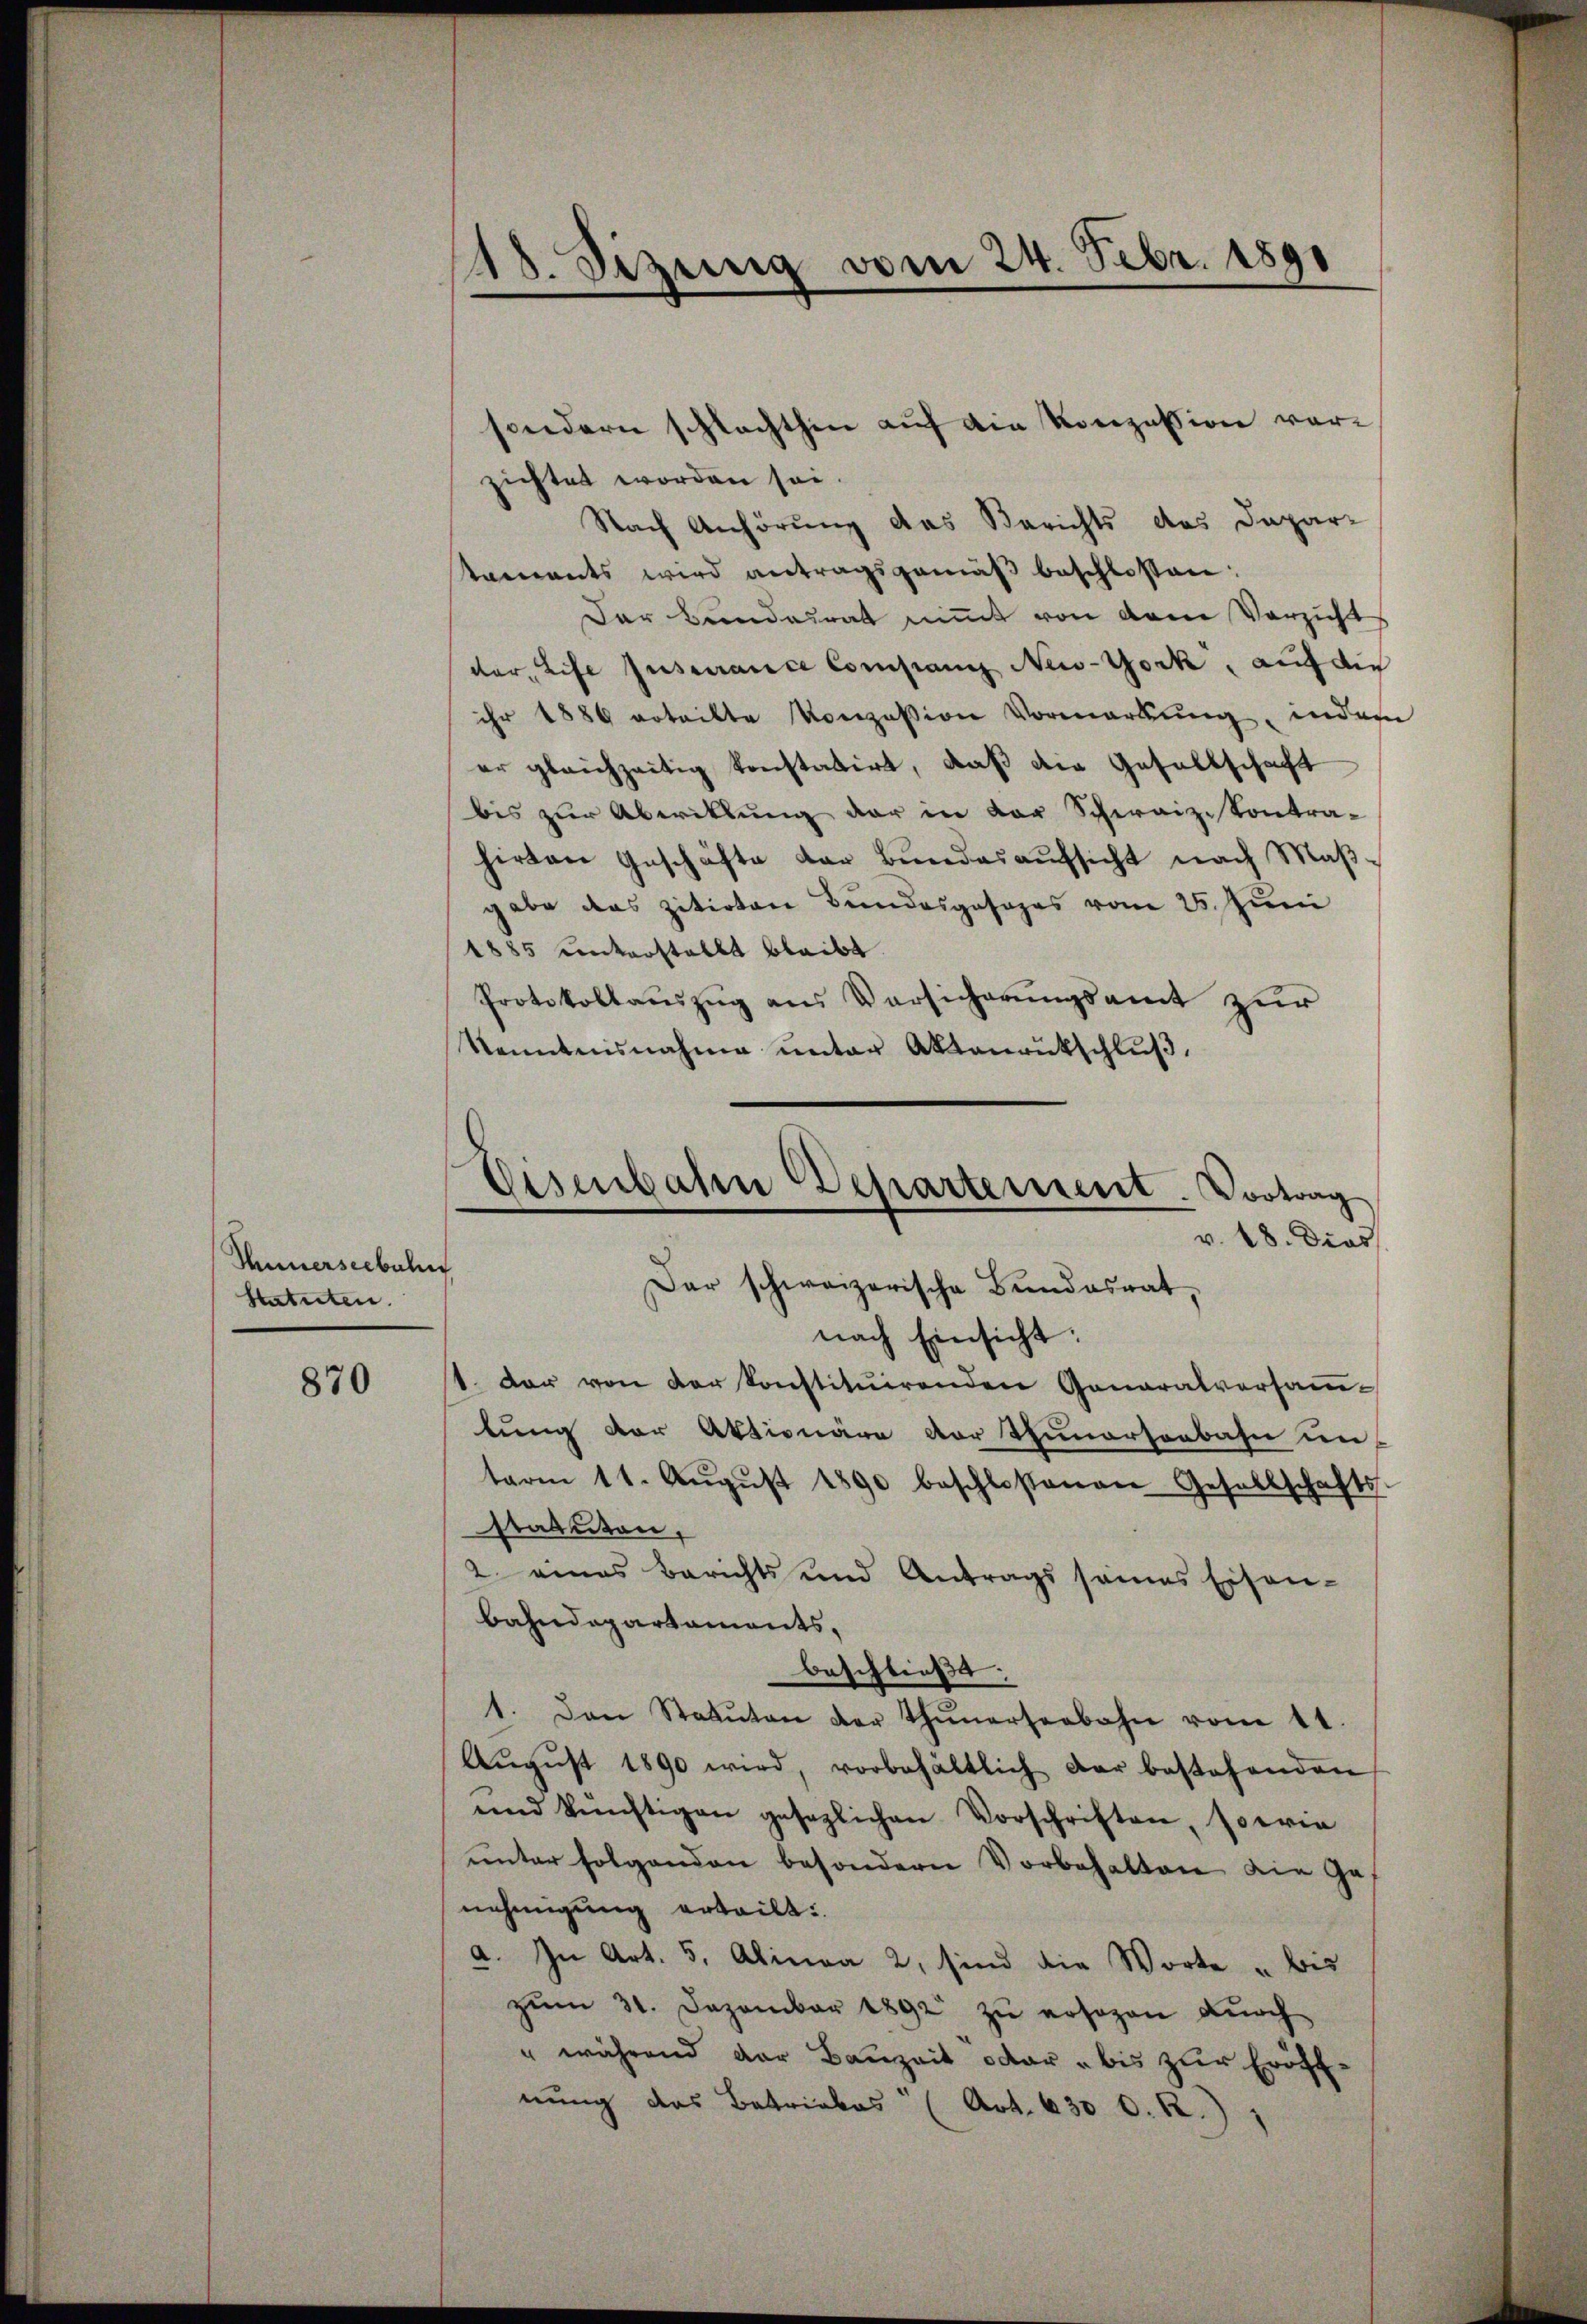
Thunerseebuli
Statuten.

870

18. Sizung vom 24. Febr. 1891

zichtet worden sei.
Nach Anhörung das Berichts das Dapar-
staments wird antragsgemäß beschlossen:
Der Bundesrat nimmt von dem Verzicht
der, Life Jusurance Company New-York, auf die
ihr 1886 erteilte Konzession Vormerkŭng, indem
er gleichzeitig konstatirt, daß die Gesellschaft
bis zur Abwittung der in der Schwaizontra-
hirten Geschäfte der Bundesaufsicht nach Maßgabe das zitirten Bundesgesezes vom 25. Juni
1885 unterstellt bleibt
Protokollauszug aus Versicherungsamt zur
Kenntnisnahme unter Aktenrutschluß,
nach Einsicht.
1. Der von der konstituirenden Generalversaṁ-
lung der Aktionäre vor Thunersenbahn un-
term 11. Aŭgŭst 1890 beschloßenen Gesellschafts-
statuten,
2 eines Berichts und Antrags sames Eisen-
bahndepartaments,
beschließe.
1. Den Statuten der Thunerseebahn vom 11.
Aŭgŭst 1890 wird, vorbehältlich dar bestehenden
und künftigen gesezlichen Vorschriften, sowie
unter folgenden besondern Vorbehalten die Genehmigung erteilt.
a. In Art. 5, Alinea 2, sind die Worte u bis
zum 31. Dezember 1892 zu ersagen durch
" während der Bauzeit oder bis zur Eröff-
nung des Betriebes (Art. 630 d. R.) 1

sondern schlachthin auf die Konzession vor¬

Eisenbahn Departement. Vortrag
v. 18. Dies
Dar schweizerische Bundesrat,